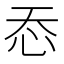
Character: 㤁